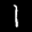
Label: 1